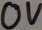
Text: 0V